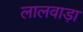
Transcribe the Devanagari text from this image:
लालवाड़ा